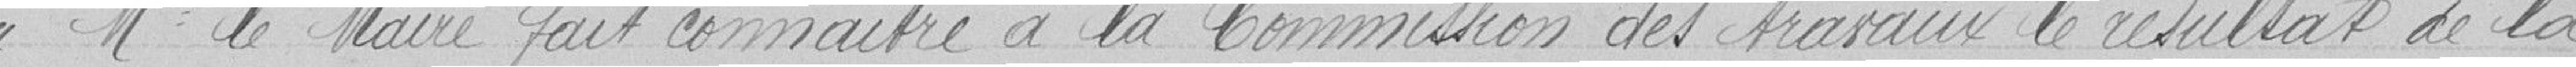
"Monsieur le Maire fait connaitre à la Commission des travaux le résultat de la